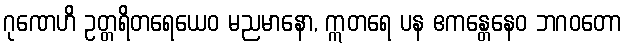
ဂုဏေဟိ ဥတ္တရိတရေယေဝ မညမာနော, ဣတရေ ပန ဧကန္တေနေဝ ဘဂဝတော